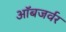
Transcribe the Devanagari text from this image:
ऑबजर्वर